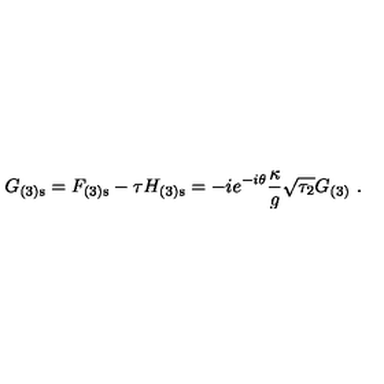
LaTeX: G _ { ( 3 ) \mathrm { s } } = F _ { ( 3 ) \mathrm { s } } - \tau H _ { ( 3 ) \mathrm { s } } = - i e ^ { - i \theta } \frac { \kappa } { g } \sqrt { \tau _ { 2 } } G _ { ( 3 ) } \ .